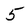
Character: 5